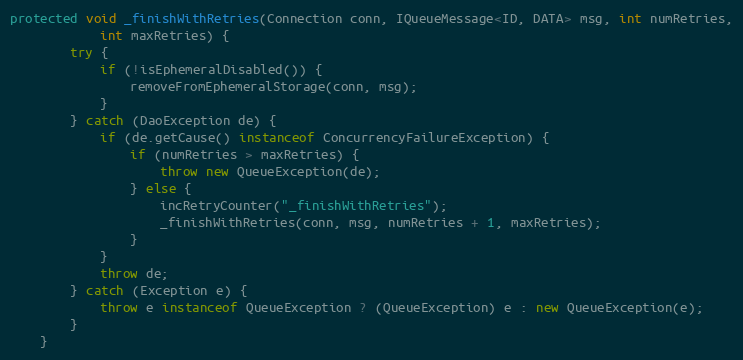
Language: Java
protected void _finishWithRetries(Connection conn, IQueueMessage<ID, DATA> msg, int numRetries,
            int maxRetries) {
        try {
            if (!isEphemeralDisabled()) {
                removeFromEphemeralStorage(conn, msg);
            }
        } catch (DaoException de) {
            if (de.getCause() instanceof ConcurrencyFailureException) {
                if (numRetries > maxRetries) {
                    throw new QueueException(de);
                } else {
                    incRetryCounter("_finishWithRetries");
                    _finishWithRetries(conn, msg, numRetries + 1, maxRetries);
                }
            }
            throw de;
        } catch (Exception e) {
            throw e instanceof QueueException ? (QueueException) e : new QueueException(e);
        }
    }